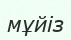
мұйіз